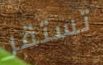
تستقر